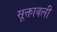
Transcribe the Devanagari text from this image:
सूक्तावली